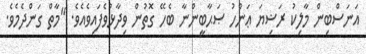
އަނަސްބިން މާލިކު ރަޟިޔަ ޢަންހު ޞަޙާބީންނާ ބެހޭ ގޮތުން ވިދާޅުވެފައިވެއެވެ. "މާތް ގަންދެމެވެ.